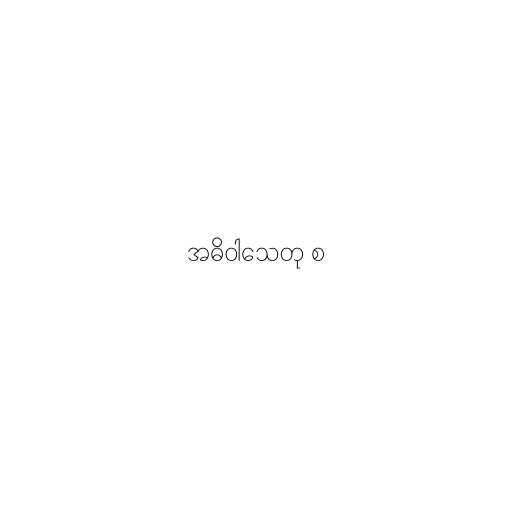
အဓိဝါသေတု စ